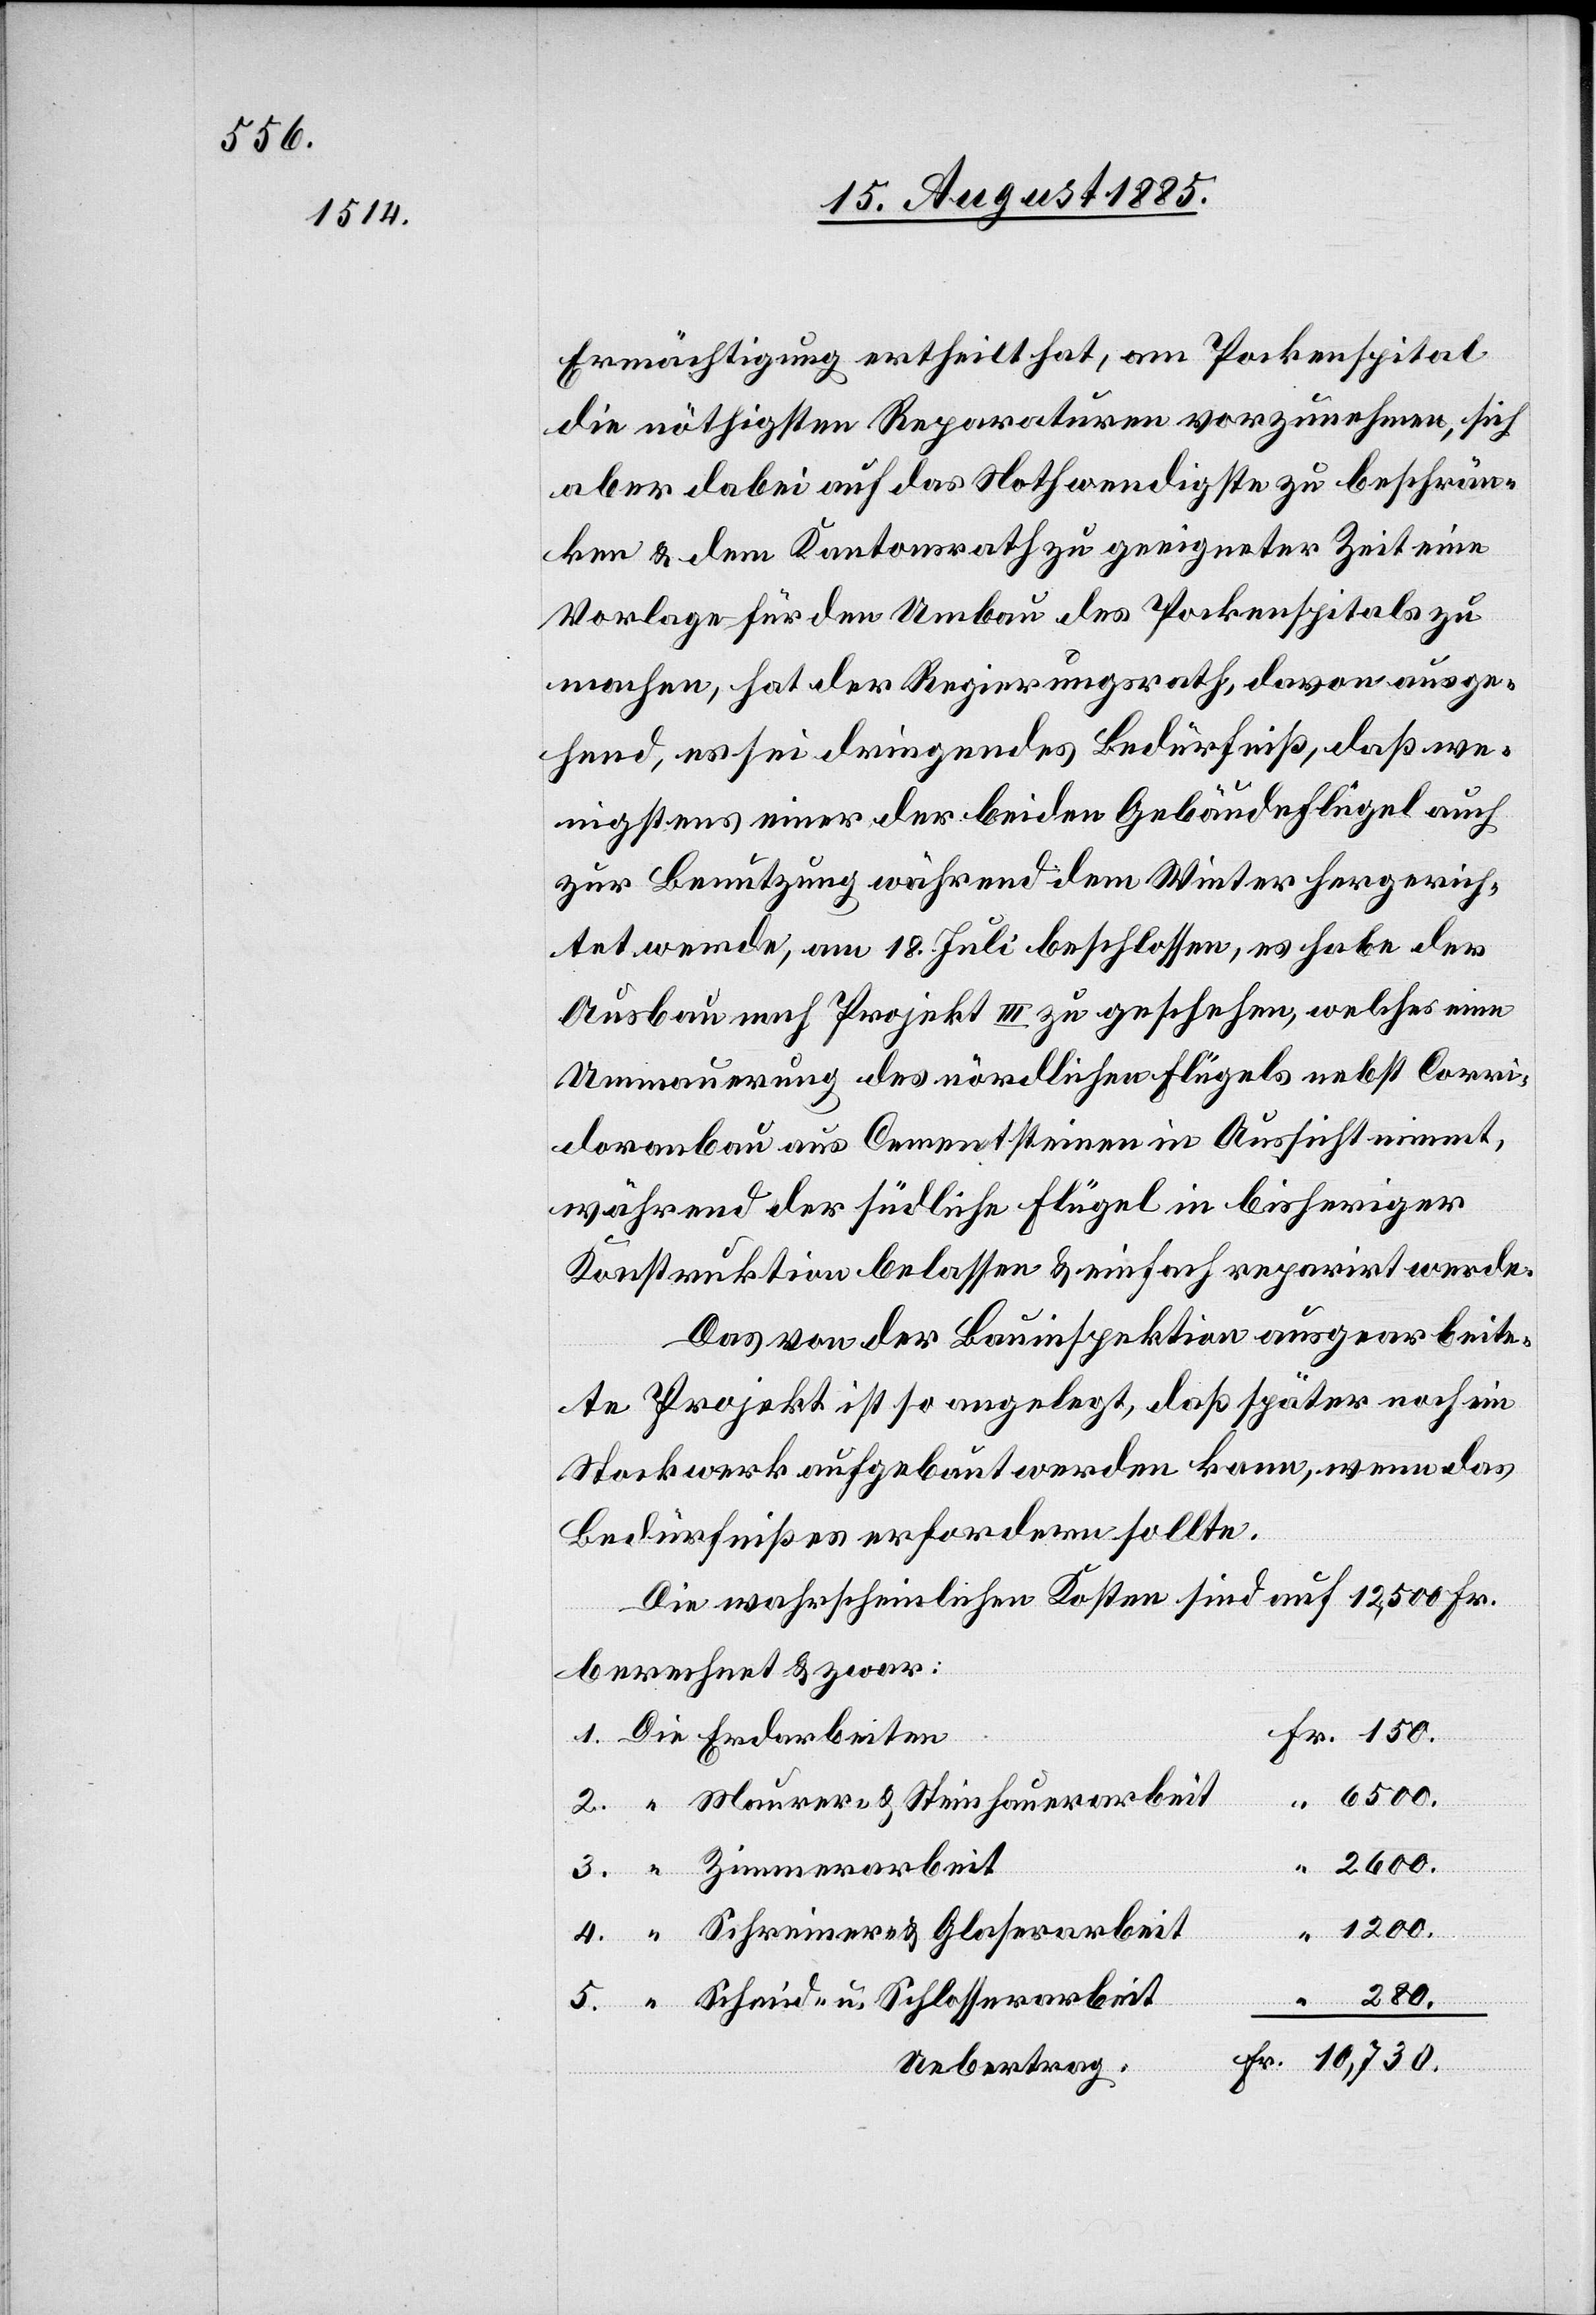
Ermächtigung ertheilt hat, am Pockenspital
die nöthigsten Reparaturen vorzunehmen, sich
aber dabei auf das Nothwendigste zu beschrän¬
ken & dem Kantonsrath zu geeigneter Zeit eine
Vorlage für den Umbau des Pockenspitals zu
machen, hat der Regierungsrath, davon ausge¬
hend, es sei dringendes Bedürfniß, daß we¬
nigstens einer der beiden Gebäudeflügel auch
zur Benutzung während dem Winter hergerich¬
tet werde, am 18. Juli beschlossen, es habe der
Ausbau nach Projekt III zu geschehen, welches eine
Ummauerung des nördlichen Flügels nebst Corri¬
doranbau aus Cementsteinen in Aussicht nimmt,
während der südliche Flügel in bisheriger
Konstruktion belassen & einfach reparirt werde.
Das von der Bauinspektion ausgearbeite¬
te Projekt ist so angelegt, daß später noch ein
Stockwerk aufgebaut werden kann, wenn das
Bedürfniß es erfordern sollte.
Die wahrscheinlichen Kosten sind auf 12,5000 Fr.
berechnet & zwar:
6500.
2600.
4.
1200.
280.
erarbeit